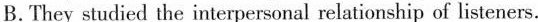
B.The cT YSluGicd the mterpersonal rei ationship of listeners.